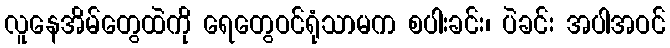
လူနေအိမ်တွေထဲကို ရေတွေဝင်ရုံသာမက စပါးခင်း၊ ပဲခင်း အပါအဝင်